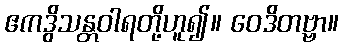
ဧကဒွိသန္တဝါရတို့ဟူ၍။ ဝေဒိတဗ္ဗာ။